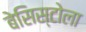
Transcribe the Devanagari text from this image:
बेसिस्टोला